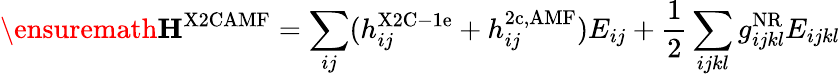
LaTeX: \ensuremath{\mathbf{H^{\mathrm{X2CAMF}}}}=\sum_{ij}(h_{ij}^{\mathrm{X2C-1e}}+h_{ij}^{\mathrm{2c,AMF}})E_{ij}+\frac{1}{2}\sum_{ijkl}g_{ijkl}^{\mathrm{NR}}E_{ijkl}